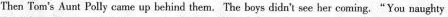
Then Tom's Aurt Polly came up behind them.The boys didn't see her coming."You naughty